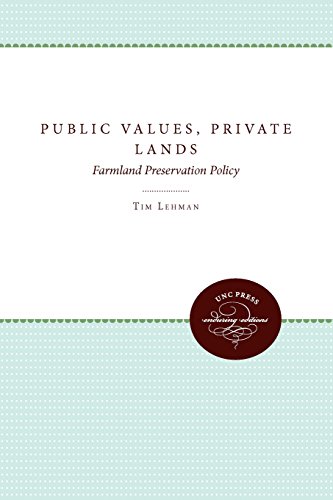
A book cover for Public Values, Private Lands: Farmland Preservation Policy, 1933-1985; Tim Lehman; Business & Money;